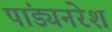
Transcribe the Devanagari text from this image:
पांड्यनरेश